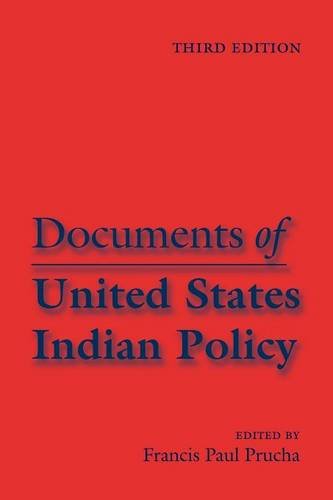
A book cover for Documents of United States Indian Policy: Third Edition; Law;